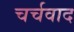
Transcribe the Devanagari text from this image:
चर्चवाद